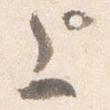
上